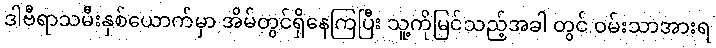
ဒါဗီရာသမီးနှစ်ယောက်မှာ အိမ်တွင်ရှိနေကြပြီး သူ့ကိုမြင်သည့်အခါ တွင် ဝမ်းသာအားရ